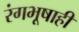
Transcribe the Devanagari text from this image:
रंगभूषाही